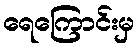
ရေကြောင်းမှ